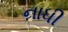
નાધી